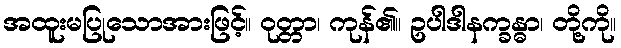
အထူးမပြုသောအားဖြင့်။ ဝုတ္တာ၊ ကုန်၏။ ဥပါဒါနက္ခန္ဓာ၊ တို့ကို။